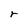
Character: r